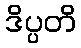
ဒိပ္ပတိ